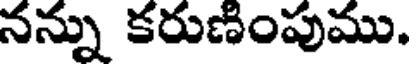
నన్ను కరుణింపుము.